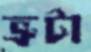
ভ্রুটা